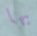
بها